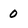
Character: 0